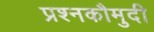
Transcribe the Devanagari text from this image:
प्रश्नकौमुदी